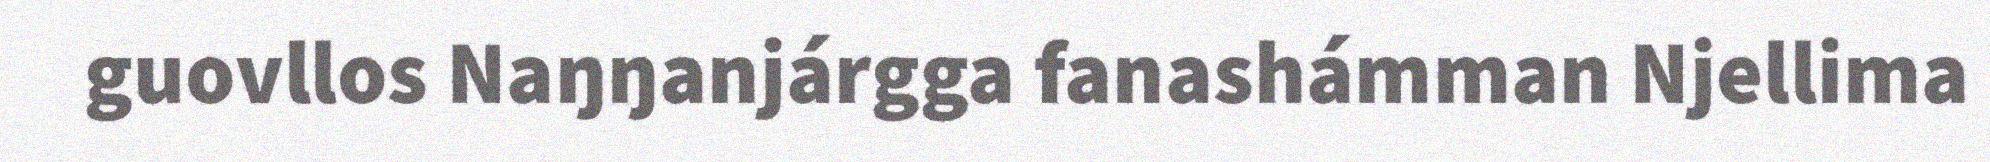
guovllos Naŋŋanjárgga fanashámman Njellima